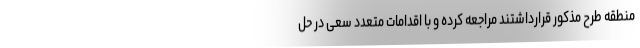
منطقه طرح مذکور قرارداشتند مراجعه کرده و با اقدامات متعدد سعی در حل